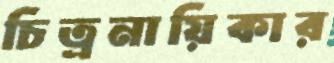
চিত্রনায়িকার